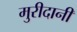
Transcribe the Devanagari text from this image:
मुरीदानी